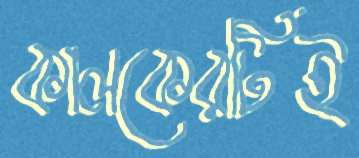
কালকেরটিই